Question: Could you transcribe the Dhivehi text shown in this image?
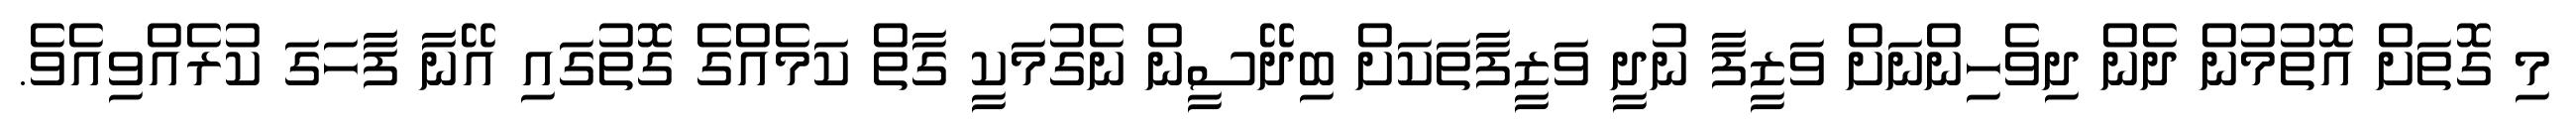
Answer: މި ގޮތަށް އޮތުމުން ދެން ދިވެހިންނަށް ވަޒީފާ ނުދީ ވަޒީފާތަކަށް ބިދޭސީން ނެގުމަކީ ގާތް ކަމެއްގެ ގޮތުގައި އޭނާ ފާހަގަ ކުރެއްވިއެވެ.